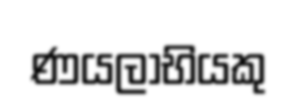
ණයලාභියකු